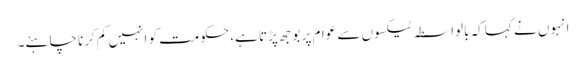
انہوں نے کہا کہ بالواسطہ ٹیکسوں سے عوام پر بوجھ پڑتا ہے، حکومت کو انہیں کم کرنا چاہئے۔